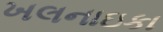
ખલનાઇકા